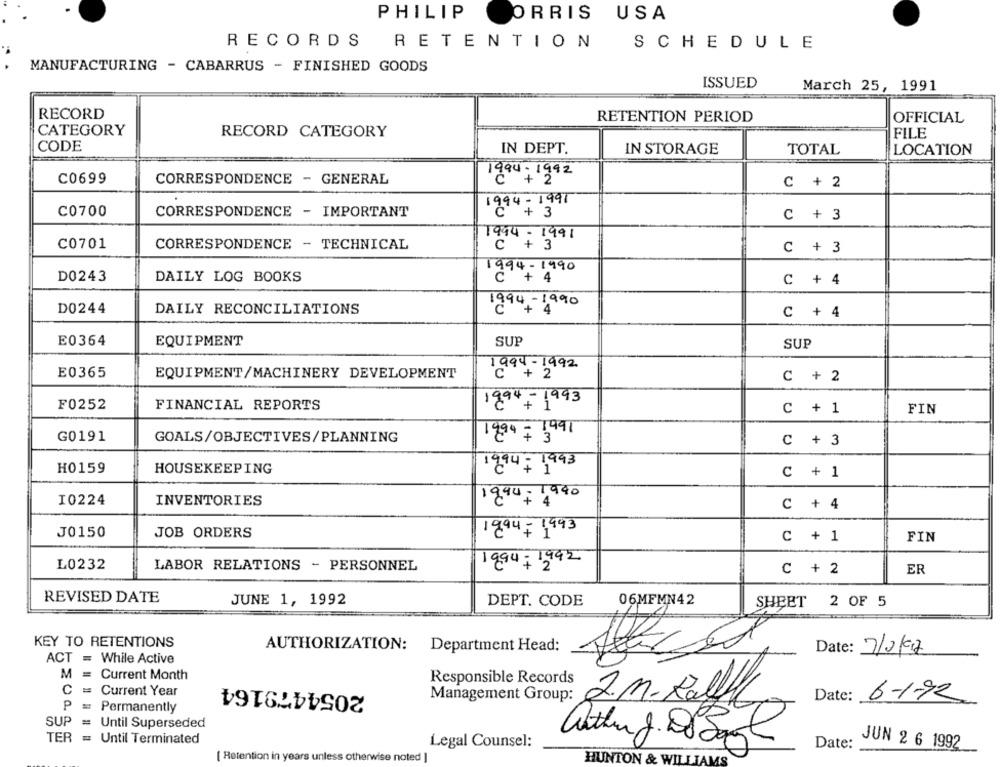
PHILIP
ORRIS USA
RECORDS
RETENTION
SCHEDULE
MANUFACTURING - CABARRUS - FINISHED GOODS
ISSUED
March 25, 1991
RECORD
RETENTION PERIOD
OFFICIAL
CATEGORY
RECORD CATEGORY
FILE
CODE
IN DEPT.
IN STORAGE
TOTAL
LOCATION
1994- 1992
C0699
CORRESPONDENCE - GENERAL
C + 2
w
94-1991
C0700
CORRESPONDENCE - IMPORTANT
C + 3
1994 - 1991
C0701
CORRESPONDENCE - TECHNICAL
C + 3
D0243
1994-1990
DAILY LOG BOOKS
C + 4
D0244
DAILY RECONCILIATIONS
ou
+
C + 4
E0364
EQUIPMENT
SUP
SUP
1994 -1992
E0365
EQUIPMENT/MACHINERY DEVELOPMENT
C + 2
F0252
FINANCIAL REPORTS
1994- 1993
C + 1
FIN
G0191
1994 = 3991
GOALS/OBJECTIVES/PLANNING
C + 3
H0159
1994 - 1993
HOUSEKEEPING
C + 1
1990- 1990
I0224
INVENTORIES
C + 4
J0150
JOB ORDERS
1994 - 1993
C + 1
FIN
L0232
LABOR RELATIONS - PERSONNEL
1994 - 1992
C + 2
ER
REVISED DATE
JUNE 1, 1992
DEPT. CODE
06MFMN42
SHEET 2 OF 5
KEY TO RETENTIONS
AUTHORIZATION:
Department Head:
Date: 7/2/97
ACT = While Active
M
= Current Month
2054479164
Responsible Records
C = Current Year
Management Group:
Date:
6-1-72
P = Permanently
2.m. Ralf
SUP = Until Superseded
TER = Until Terminated
Legal Counsel:
Date:
JUN 2 6 1992
[ Retention in years unless otherwise noted ]
HUNTON & WILLIAM